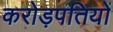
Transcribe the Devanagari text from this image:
करोड़पतियों